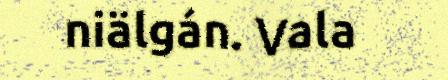
niälgán. Vala